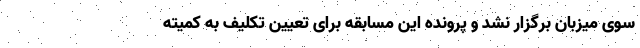
سوی میزبان برگزار نشد و پرونده این مسابقه برای تعیین تکلیف به کمیته